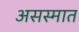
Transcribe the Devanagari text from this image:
असस्मात